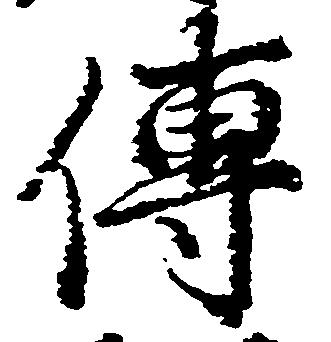
伝